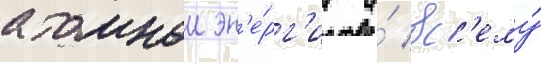
атомнои эн'е́рг'ии и́ вс'ему́